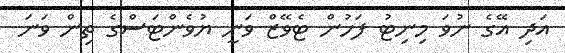
އަދި އޭގެ ނުވަ މިނިޓު ފަހުން ޓެވޭޒް ވަނީ ޔުވެންޓަސްގެ ތިން ވަނަ